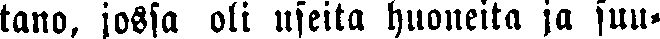
tano, jossa oli useita huoneita ja suu-